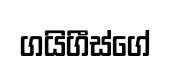
ගයිගීස්ගේ